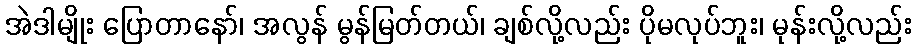
အဲဒါမျိုး ပြောတာနော်၊ အလွန် မွန်မြတ်တယ်၊ ချစ်လို့လည်း ပိုမလုပ်ဘူး၊ မုန်းလို့လည်း